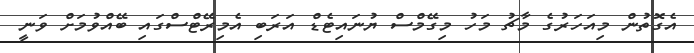
އެގޮތުން މިއަހަރުގެ މާޗު މަހު މިގޭމްސް ޔުނައިޓެޑް އަރަބި އެމިރޭޓްސްގައި ބޭއްވުމަށް ވަނީ